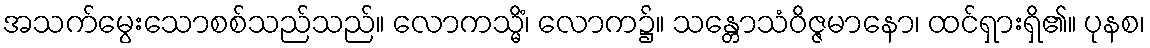
အသက်မွေးသောစစ်သည်သည်။ လောကသ္မိံ၊ လောက၌။ သန္တောသံဝိဇ္ဇမာနော၊ ထင်ရှားရှိ၏။ ပုနစ၊